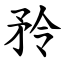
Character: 矝